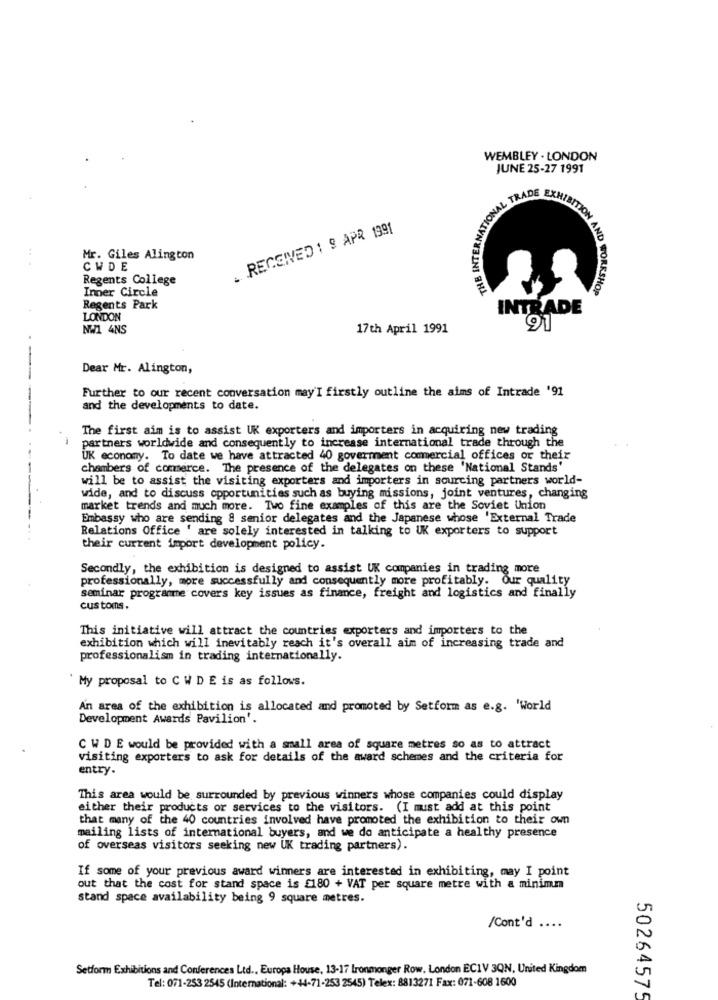
WEMBLEY . LONDON
JUNE 25-27 1991
. RECEIVED : 9 APR 1991
THE INTE
Mr. Giles Alington
CWDE
Regents College
Inner Circle
ION AND WORKSHOP
Regents Park
INTRADE
LONDON
NW1 4NS
17th April 1991
91
Dear Mr. Alington,
Further to our recent conversation may'I firstly outline the aims of Intrade '91
and the developments to date.
The first aim is to assist UK exporters and importers in acquiring new trading
partners worldwide and consequently to increase international trade through the
UK economy. To date we have attracted 40 goverment commercial offices or their
chambers of commerce. The presence of the delegates on these 'National Stands'
will be to assist the visiting exporters and importers in sourcing partners world-
wide, and to discuss opportunities such as buying missions, joint ventures, changing
market trends and much more. Two fine examples of this are the Soviet Union
Embassy who are sending & senior delegates and the Japanese whose 'External Trade
Relations Office ' are solely interested in talking to UK exporters to support
their current import development policy.
Secondly, the exhibition is designed to assist UK companies in trading more
professionally, more successfully and consequently more profitably. Our quality
seminar programme covers key issues as finance, freight and logistics and finally
customs.
This initiative will attract the countries exporters and importers to the
exhibition which will inevitably reach it's overall aim of increasing trade and
professionalism in trading internationally.
` My proposal to C W D E is as follows.
An area of the exhibition is allocated and promoted by Setform as e.g. 'World
Development Awards Pavilion'.
C W D E would be provided with a small area of square metres so as to attract
visiting exporters to ask for details of the award schemes and the criteria for
entry.
This area would be surrounded by previous winners whose companies could display
either their products or services to the visitors. (I must add at this point
that many of the 40 countries involved have promoted the exhibition to their own
mailing lists of international buyers, and we do anticipate a healthy presence
of overseas visitors seeking new UK trading partners).
If some of your previous award winners are interested in exhibiting, may I point
out that the cost for stand space is £180 + VAT per square metre with a minimum
stand space availability being 9 square metres.
/Cont'd ....
Setform Exhibitions and Conferences Ltd ., Europa House, 13-17 Ironmonger Row, London EC1V 3QN, United Kingdom
Tel: 071-253 2545 (International: +44-71-253 2545) Telex: 8813271 Fax: 071-608 1600
50264575